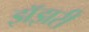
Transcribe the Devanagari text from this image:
झॅझरी